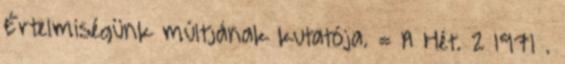
Értelmiségünk múltjának kutatója. = A Hét. 2 1971 .